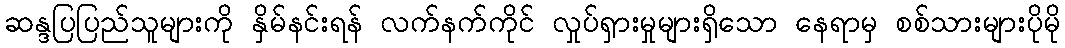
ဆန္ဒပြပြည်သူများကို နှိမ်နင်းရန် လက်နက်ကိုင် လှုပ်ရှားမှုများရှိသော နေရာမှ စစ်သားများပိုမို